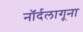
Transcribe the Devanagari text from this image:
नॉर्दलागूना